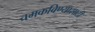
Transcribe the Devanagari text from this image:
चमकविण्यासाठी